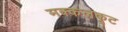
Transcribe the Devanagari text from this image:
मक्कलकूट